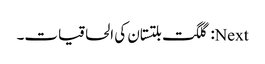
Next: گلگت بلتستان کی الحاقیات۔